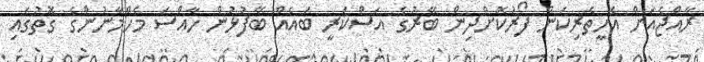
ރާއްޖެއަށް އެހީތެރިކަން ފޯރުކޮށްދިން ބޭރުގެ އަސްކަރީ ބައެއް ބޭފުޅުން ހާއްސަ މެހްމާނުންގެ ގޮތުގައި